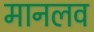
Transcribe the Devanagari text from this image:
मानलव